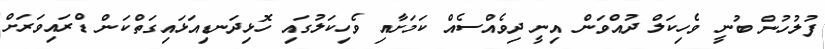
ފުލުހުން ބުނީ ވެހިކަލް ދުއްވަން އިނީ ދިވެއްސެއް ކަމަށާއި ވެހިކަލުގައި ހޮޅިދަނޑިއަޅައިގަތްކަން ޑްރައިވަރަށް